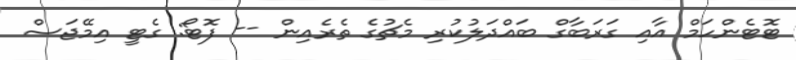
ޓޮޓެންހަމް އާއި ގަރަބާގް ބައްދަލުކުރި މެޗުގެ ތެރެއިން -- ފޮޓޯ: ގެޓީ އިމޭޖަސް